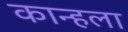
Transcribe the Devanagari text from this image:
कान्हला